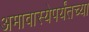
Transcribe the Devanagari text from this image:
अमावास्येपर्यंतच्या